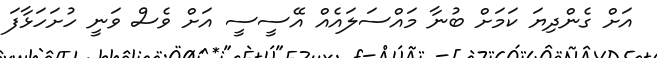
އަށް ގެންދިޔަ ކަމަށް ބުނާ މައްސަލައެއް އޭސީސީ އަށް ވެސް ވަނީ ހުށަހަޅާފަ